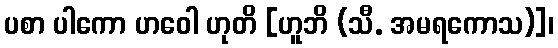
ပစာ ပါကော ဟဝေါ ဟုတိ [ဟူဘိ (သီ. အမရကောသ)]၊